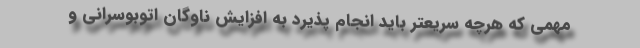
مهمی که هرچه سریعتر باید انجام پذیرد به افزایش ناوگان اتوبوسرانی و